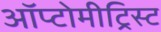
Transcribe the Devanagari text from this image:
ऑप्टोमीट्रिस्ट